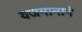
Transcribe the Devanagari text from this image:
यजमानाने